Bombay plague: being a history of the progress of plague in the Bombay presidency from September 1896 to June 1899
Year: 1896
Disease focus: Plague
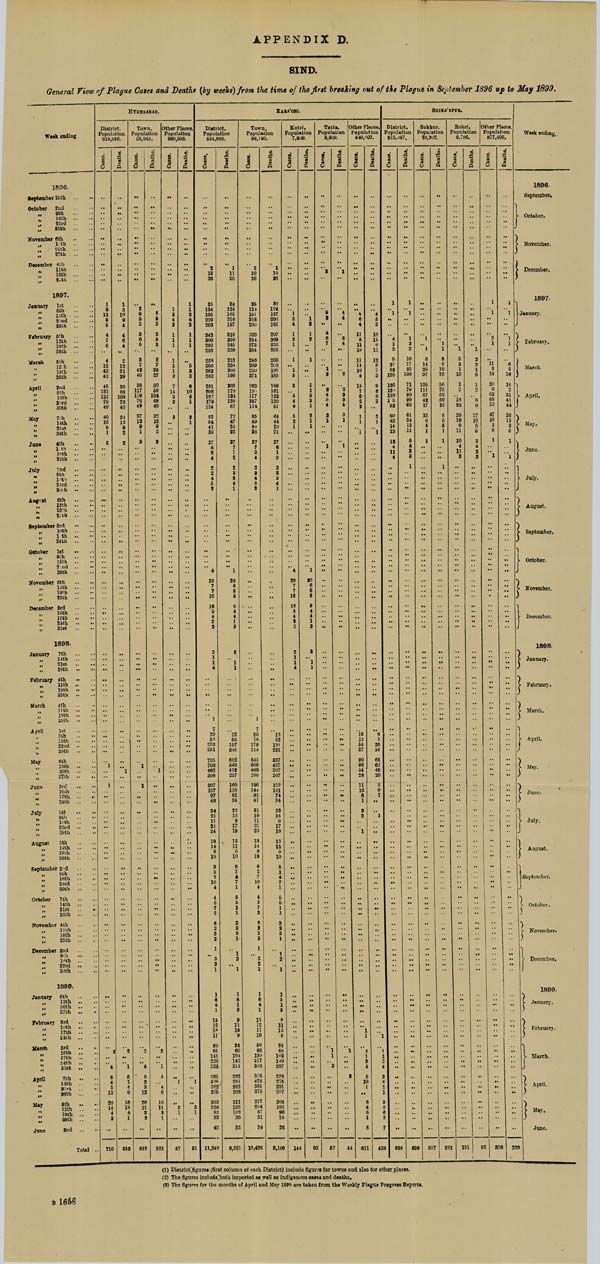
APPENDIX D.
SIND.
General View of Plague Cases and Deaths (by weeks) from the time of the first breaking out of the Plague in September 1896 up to May 1899.
Week ending
1896.
September 25th
October 2nd
"
9th
"16th
"
23rd
"
30th
November 6th
"
13th
" 20th
"
27th
December 4th
"
11th
"
18th
" 25th
1897.
January 1st
" 8th
" 15th
''
22nd
"
29th
February 5th
"
12th
"
19th
" 26th
March
5th
" 12th
" 19th
"
26th
April
2nd
" 9th
" 16th
"
23rd
"
30th
May
7th
" 14th
" 21st
" 28th
June
4th
" 11th
"
18th
"
25th
July 2nd
" 9th
" 16th
" 23rd
" 30th
August 6th
"
13th
"
20th
" 27th
September 3rd
"
10th
"
17th
" 24th
October 1st
"
8th
"
15th
" 22nd
"
29th
November 5th
"
12th
"
19th
"
26th
December 3rd
"
10th
"
17th
" 24th
"
31st
1898.
January 7th
"
14th
"
21st
"
28th
February 4th
" 11th
" 18th
"
25th
March
4th
" 11th
" 18th
"
25th
April
1st
"
8th
"
15th
"
22nd
" 29th
May
6th
" 13th
" 20th
"
27th
June
3rd
" 10th
"
17th
"
24th
July 1st
" 8th
"
15th
" 22nd
"
29th
August 5th
"
12th
"
19th
"
26th
September 2nd
" 9th
"
16th
"
23rd
" 30th
October 7th
"
14th
"
21st
"
28th
November 4th
" 11th
"
18th
"
25th
December 2nd
"
9th
" 16th " 23rd
"
30th
1899.
January 6th
"
13th
"
20th
"
27th
February 3rd
" 10th
" 17th "
24th
March 3rd
" 10th
" 17th
" 24th
"
31st
April 7th
" 14th
" 21st
"
28th
May
5th
" 12th
"
19th
"
26th
June
2nd
Total
HYDERABAD.
District.
Population
918,646.
Cases.
1
3
12
9
5
4
7
6
4
12
43
42
45
131
122
78
49
40
13
9
1
2
1
1
2
4
5
4
3
12
20
14
4
2
710
Deaths.
1
3
10
9
4
4
6
4
2
12
31
29
36
68
109
70
40
34
13
9
2
2
1
2
1
5
1
4
6
16
13
4
1
552
Town.
Population
58,048.
Cases.
2
9
5
3
3
6
5
3
7 42 40
38
117
119
76
49
37
13
9
1
2
1
1
2
4
5
3
3
12
20
11
3
2
653
Deaths.
8
5 2
3
5
3
2
7 29
27
30
58
104
69
40
32
12
9
2
2
1
2
1
5
4
6
16
11
3
1
501
Other Places.
Population
860,598.
Cases.
1
3
4
2
1
1
1
1
5
1 2
7
14
3
2
3
1
3
1
57
Deaths.
1 1 2
4
2
1
1
1
5
2
2
6
10
5
1
2
1
1
2
1
51
KARA'CHI.
District.
Population
564,880.
Cases.
2
13
26
35
124
195
229
208
342
300
292
283
258
300
262
282
281
208
192
178
124
93
54
41
39
27
8
2
4
2
2
4
5
2
4
29
7
7
16
16
5
4
2
2
2
1
1
4
1
7
39
88
233
351
735
706
462
308
207
157
97
48
34
21
11
21
24
19
14
9
19
9
2
7
10
4
4
5 7
2
6
2
3
2
1
3
2
1
1
6
4 1
15
12
18
17
59
91
141
220
322
361
438
362
275
283
258
92
32
42
11,248
Deaths.
1
11
26
30
124
165
216
187
316
290
245 220
213
208
205
190
203
170
134
128
87
72
47
24
22
27
7
1
2
2
3
2
4
1
1
20
6
8
8
9
4
4
1
2
3
1
1
22
55
157
245
602
549
412
227
160
110
81
34
22
15
9
17
19
15
11
5
10
5
1
4
7 1
5
5
1
1
3
2 5
1
1
2
1
1
5
1 3
9
11
15
9
35
60
104
142
211
282
281
282
208
211
183
102
20
33
8,681
Town.
Population
98,195.
Cases.
2
10
26
35
124
181
218
200
320
284
273 264
246
289
250
271
263
19
177
167
114
85
49
40
38
27
7
2
4
2
2
4
5
2
1
7
20
76
179
314
645
608
408
280
196
144
91
47
31
19
11
21
23
19
14
9
19
9
2
7
10 4
4
5
7
2
6
2
3
2
1
3
2
1
1
6
4 1
15
12
17
16
58
88
139
217
316
356
428
361
275
277
254
87
31
34
10,426
Deaths.
1
10
26
30
124
157
206
181
297
269
235 205
200
200
198
185
189
161
122
120
81
64
44
23
21
27
6
1
2
2
3
2
4
1
13
52
131
221
537
487
367
207
152
101
74
34
22
14
9
17
19
15
11
5
10
5
1
4
7
1
5
5
1
1
3
2
5
1
1
2
1
1
5
1
8
9
11
15
8
35
58
103
140
207
278
275
281
207
208
181
96
18
26
8,106
Kotri.
Population
7,909.
Cases.
1
3
4
1
2
1
1
1
5
3
5
4
4
5
3
1
4
29
7
7
16
16
5
4
2
2
2
1
1
4
144
Deaths.
1
3
1
2
1
5
1
3
3
1
2
1
1
1
20
6
8
8
9
4
4
1
2
3
1
1
93
Tatta.
Population
8,969.
Cases.
3
9
2
4
6
7
1 2
3
4
5
4
2
1
1
1
1
2
57
Deaths.
1
4
4
8
4
2
2 3
3
5
3
1
1
1
2
44
Other Places.
Population
449,807.
Cases.
4
6
4
17
8
11
19
11
11
10
4
15
7
6
2
3
1
1
1
19
12
54
37
90
98
54
28
11
13
6
1
3
2
1
1
1
2
1
3
4
5
10
1
6
4
5
1
8
621
Deaths.
4
5
3
18
11
6
15
12
8
7
3
9
6
6
2
3
1
1
9
3
26
24
65
62
45
20
8
9
7
1
1
1 1
2 4
2
6
1
1
3
2
6
2
7
438
SHIKA'RPUR.
District.
Population
915,497.
Cases.
1
1
4
1 5
9
27
32
128
126
12
139
1 5
92
80
43
14
18
12
4
11
4
996
Deaths.
1
1
1
2 2
10
17 23
100
71
79
90
99
69
61
34
13
11
5
4
2
3
1
699
Sukkur.
Population
29,302.
Cases.
1
4
6
14 28
97
105
111
87
42
17
13
6
4
1
1
537
Deaths.
1 1
8
9 19
76
56
75
59
50
16
8
5
5
1
1
1
391
Rohri.
Population
8,786.
Cases.
1
3
2 1
13
1
3
18 22
20
19
9
11
10
4
11
3
151
Deaths.
1
2
2
1
8
1
2
8
9
17
16
5
5
3
4
2
2
88
Other Places.
Population
877,409.
Cases.
1
1
3
1
11 3
18
20
6 52
65
53
47
18
1
6
1
1
308
Deaths.
1
1
1
1
6 3
16
14
2
31
41
44
36
13
3
5
1
1
220
Week ending.
1896.
September.
October.
November.
December.
1897.
January.
February.
March.
April.
May.
June.
July.
August.
September.
October.
November.
December.
1898.
January.
February.
March.
April.
May.
June.
July.
August.
September.
October.
November.
December.
1899.
January.
February.
March.
April.
May.
June.
(1) District figures (first column of each District) include figurers for towns and also for other places.
(2) The figures include both imported as well as indigenous cases and deaths.
(3) The figures for the months of April and May 1899 are taken from the Weekly Plague Progress Reports.
B 1658